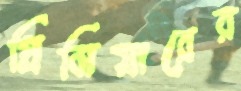
প্রিমিয়ারের